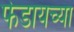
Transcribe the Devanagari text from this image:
फेडायच्या